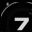
Digit: 7